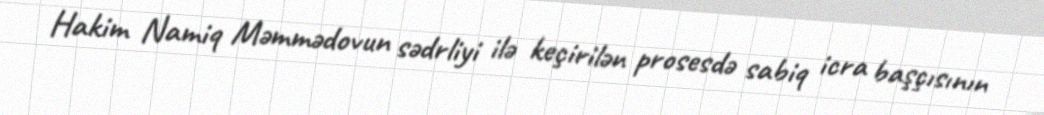
Hakim Namiq Məmmədovun sədrliyi ilə keçirilən prosesdə sabiq icra başçısının